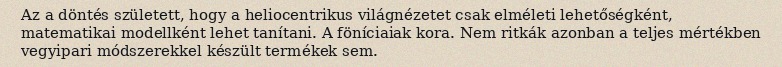
Az a döntés született, hogy a heliocentrikus világnézetet csak elméleti lehetőségként, matematikai modellként lehet tanítani. A föníciaiak kora. Nem ritkák azonban a teljes mértékben vegyipari módszerekkel készült termékek sem.